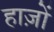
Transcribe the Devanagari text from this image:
हाज़ों